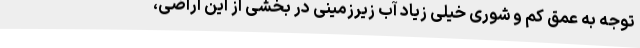
توجه به عمق کم و شوری خیلی زیاد آب زیرزمینی در بخشی از این اراضی،